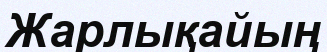
Жарлықайың